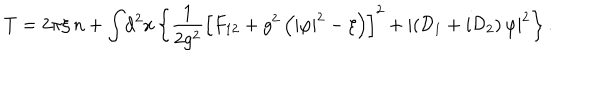
LaTeX: T = 2 \pi \xi \, n + \int \! \mathrm { d } ^ { 2 } x \left\{ \frac { 1 } { 2 g ^ { 2 } } \left[ F _ { 1 2 } + g ^ { 2 } \left( | \varphi | ^ { 2 } - \xi \right) \right] ^ { 2 } + \left| \left( { \cal D } _ { 1 } + i { \cal D } _ { 2 } \right) \varphi \right| ^ { 2 } \right\} .